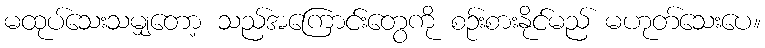
မထုပ်သေးသမျှတော့ သည်အကြောင်းတွေကို စဉ်းစားနိုင်မည် မဟုတ်သေးပေ။